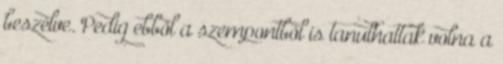
beszélve. Pedig ebből a szempontból is tanulhattak volna a